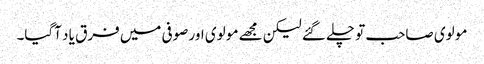
مو لوی صاحب تو چلے گئے لیکن مجھے مو لوی اور صوفی میں فرق یا د آگیا۔